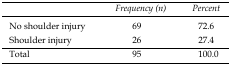
<table><thead><tr><td></td><td><b><i>Frequency (n)</i></b></td><td><b><i>Percent</i></b></td></tr></thead><tbody><tr><td>No shoulder injury</td><td>69</td><td>72.6</td></tr><tr><td>Shoulder injury</td><td>26</td><td>27.4</td></tr></tbody></table>